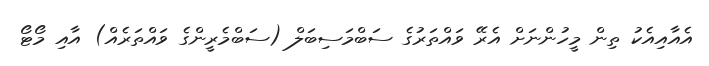
އެއާއިއެކު ތިން މީހުންނަށް އެރޭ ވައްތަރުގެ ސަބްމަސިބަލް (ސަބްމެރީންގެ ވައްތަރެއް) އާއި މޯޓޯ